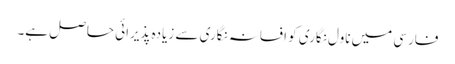
فارسی میں ناول نگاری کو افسانہ نگاری سے زیادہ پذیرائی حاصل ہے۔